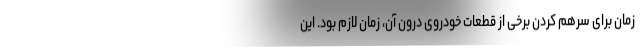
زمان برای سرهم کردن برخی از قطعات خودروی درون آن، زمان لازم بود. این